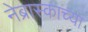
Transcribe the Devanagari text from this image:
नेब्रास्काच्या